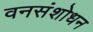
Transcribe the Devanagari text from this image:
वनसंशोधन